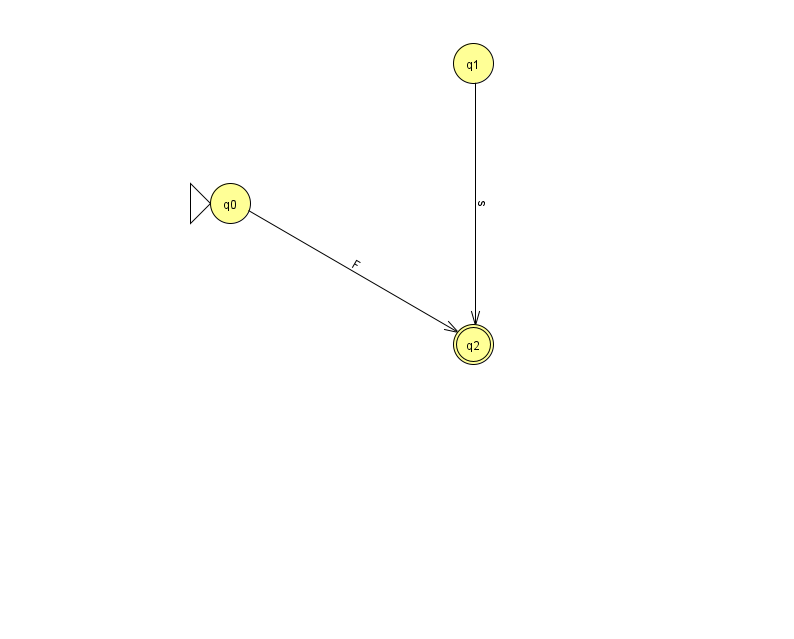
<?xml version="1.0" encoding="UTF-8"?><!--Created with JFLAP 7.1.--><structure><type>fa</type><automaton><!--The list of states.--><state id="0" name="q0"><x>230.0</x><y>190.0</y><initial/></state><state id="1" name="q1"><x>473.0</x><y>50.0</y></state><state id="2" name="q2"><x>473.0</x><y>331.0</y><final/></state><!--The list of transitions.--><transition><from>1</from><to>2</to><read>s</read></transition><transition><from>0</from><to>2</to><read>F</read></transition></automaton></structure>